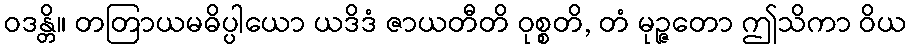
ဝဒန္တိ။ တတြာယမဓိပ္ပါယော ယဒိဒံ ဇာယတီတိ ဝုစ္စတိ, တံ မုဉ္ဇတော ဤသိကာ ဝိယ